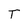
Character: T